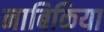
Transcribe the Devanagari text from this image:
नाबिकिया